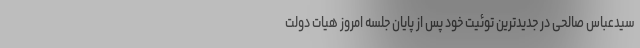
سیدعباس صالحی در جدیدترین توئیت خود پس از پایان جلسه امروز هیات دولت